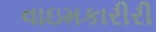
વાઇમકારીરી